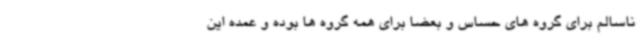
ناسالم برای گروه های حساس و بعضاً برای همه گروه ها بوده و عمده این